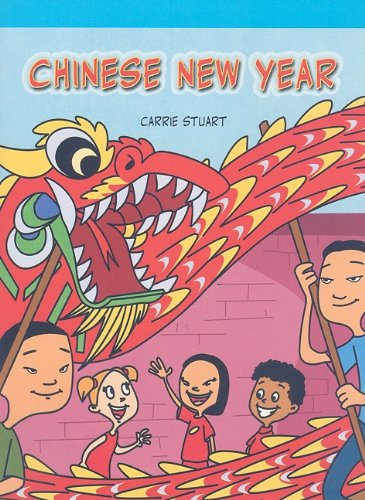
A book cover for Chinese New Year (Neighborhood Readers); Carrie Stuart; Children's Books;